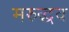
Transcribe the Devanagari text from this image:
मरुद्धव